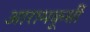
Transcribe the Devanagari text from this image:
आरामकूर्सी